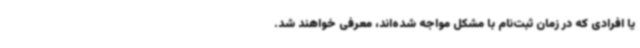
یا افرادی که در زمان ثبت‌نام با مشکل مواجه شده‌اند، معرفی خواهند شد.